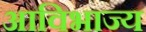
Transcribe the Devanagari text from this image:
आविभाज्य